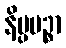
နိပ္ပပဉ္စာ